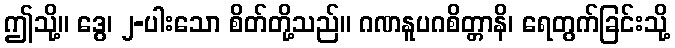
ဤသို့။ ဒွေ၊ ၂-ပါးသော စိတ်တို့သည်။ ဂဏနူပဂစိတ္တာနိ၊ ရေတွက်ခြင်းသို့